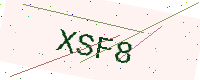
Text: XSF8